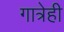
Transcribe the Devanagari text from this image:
गात्रेही